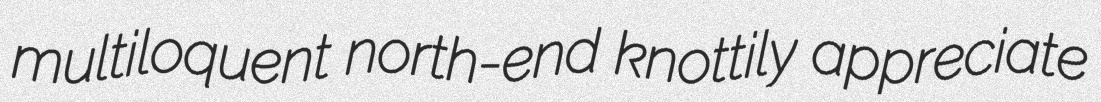
multiloquent north-end knottily appreciate